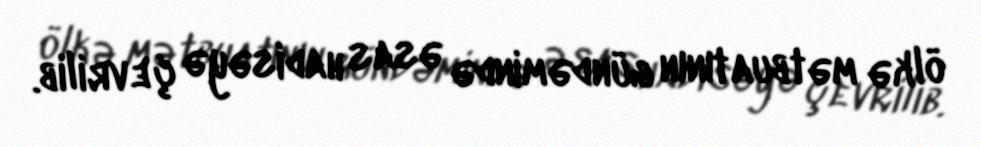
ölkə mətbuatının gündəmində əsas hadisəyə çevrilib.